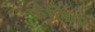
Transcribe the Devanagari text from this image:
फ़ैलिक